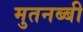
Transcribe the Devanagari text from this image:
मुतनब्बी